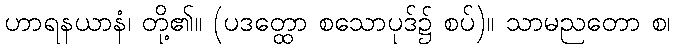
ဟာရနယာနံ၊ တို့၏။ (ပဒတ္ထော စသောပုဒ်၌ စပ်)။ သာမညတော စ၊